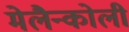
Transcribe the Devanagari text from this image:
मेलैन्कोली